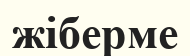
жіберме